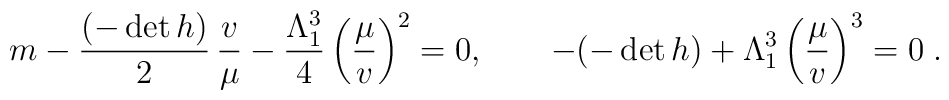
m-\frac{(-\det h)}{2} \, \frac{v}{\mu}- \frac{\Lambda_1^3}{4} \left(\frac{\mu}{v}\right)^2=0, \qquad -(-\det h) + \Lambda_1^3 \left(\frac{\mu}{v}\right)^3=0\;.